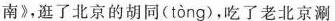
南》，逛了北京的胡同( tòng )，吃了老北京涮